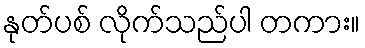
နုတ်ပစ် လိုက်သည်ပါ တကား။